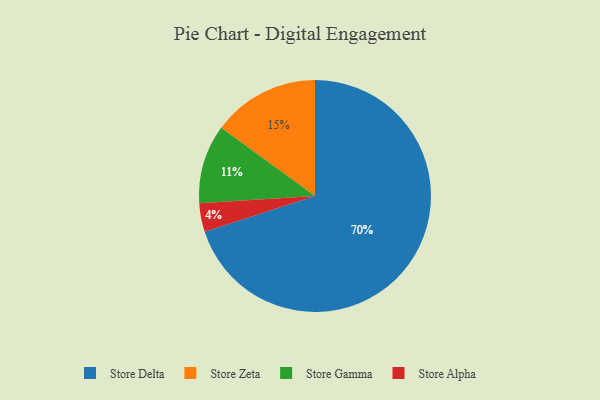
{"axis": {"x": "Category", "y": "Percentage"}, "legend": ["Store Alpha", "Store Delta", "Store Gamma", "Store Zeta"], "data": [{"x": "Store Gamma", "y": 11, "type": "Store Gamma"}, {"x": "Store Alpha", "y": 4, "type": "Store Alpha"}, {"x": "Store Delta", "y": 70, "type": "Store Delta"}, {"x": "Store Zeta", "y": 15, "type": "Store Zeta"}]}